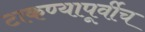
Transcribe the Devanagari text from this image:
टाकण्यापूर्वीच